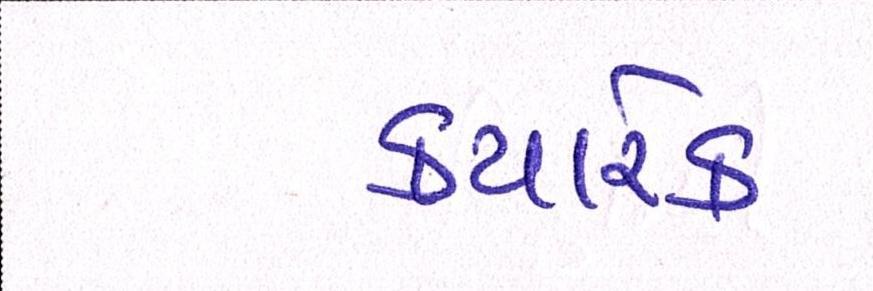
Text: ક્યારેક